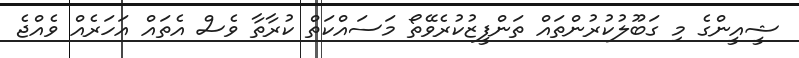
ޝީއީންގެ މި ގަބޫލުކުރުންތައް ތަންފީޒުކުރެވޭތޯ މަސައްކަތް ކުރާތާ ވެސް އެތައް އަހަރެއް ވެއްޖެ